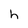
Character: h